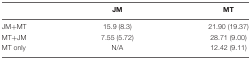
<table><thead><tr><td></td><td><b>JM</b></td><td><b>MT</b></td></tr></thead><tbody><tr><td>JM+MT</td><td>15.9 (8.3)</td><td>21.90 (19.37)</td></tr><tr><td>MT+JM</td><td>7.55 (5.72)</td><td>28.71 (9.00)</td></tr><tr><td>MT only</td><td>N/A</td><td>12.42 (9.11)</td></tr></tbody></table>